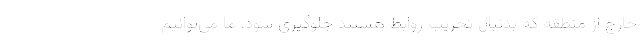
خارج از منطقه که بدنبال تخریب روابط هستند جلوگیری شود، ما می‌توانیم